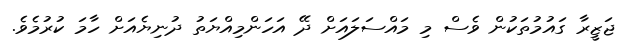
ޖަޒީރާ ގައުމުތަކުން ވެސް މި މައްސަލައަށް ދޭ އަހަންމިއްޔަތު ދުނިޔެއަށް ހާމަ ކުރުމެވެ.